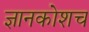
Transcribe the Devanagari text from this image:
ज्ञानकोशच